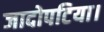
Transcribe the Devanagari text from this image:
जादोपटिया।